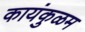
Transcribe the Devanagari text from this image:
कायंकुळम